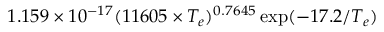
1 . 1 5 9 \times 1 0 ^ { - 1 7 } ( 1 1 6 0 5 \times T _ { e } ) ^ { 0 . 7 6 4 5 } \exp ( { - 1 7 . 2 / T _ { e } } )